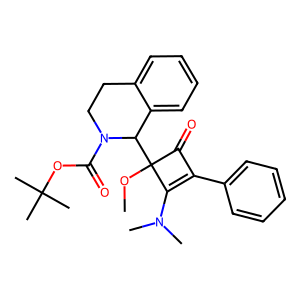
SMILES: COC1(C2c3ccccc3CCN2C(=O)OC(C)(C)C)C(=O)C(c2ccccc2)=C1N(C)C
Inhibits HIV replication: No